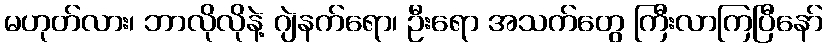
မဟုတ်လား၊ ဘာလိုလိုနဲ့ ဂျဲနက်ရော၊ ဦးရော အသက်တွေ ကြီးလာကြပြီနော်